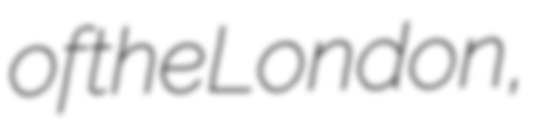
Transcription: of the London,